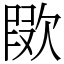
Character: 㰺